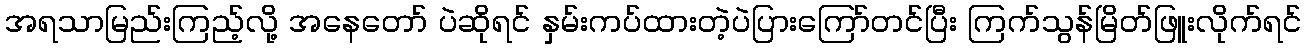
အရသာမြည်းကြည့်လို့ အနေတော် ပဲဆိုရင် နှမ်းကပ်ထားတဲ့ပဲပြားကြော်တင်ပြီး ကြက်သွန်မြိတ်ဖြူးလိုက်ရင်